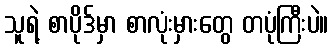
သူရဲ့ စာပိုဒ်မှာ စာလုံးမှားတွေ တပုံကြီးပဲ။